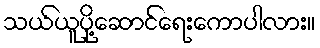
သယ်ယူပို့ဆောင်ရေးကောပါလား။